Veterinary regulations India, 1939 -
Year: 1939
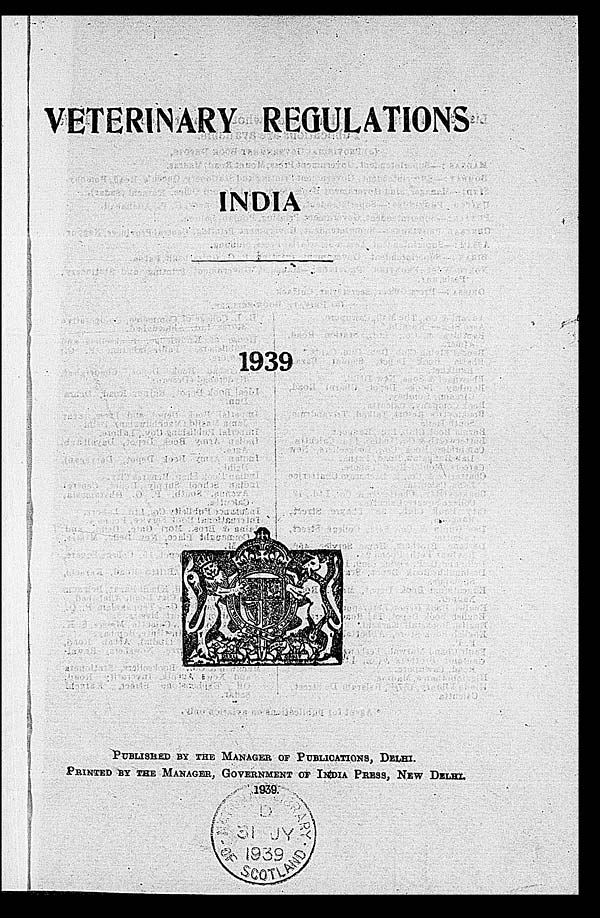
VETERINARY REGULATIONS
INDIA
1939
PUBLISHED BY THE MANAGER OF PUBLICATION, DELHI.
PRINTED BY THE MANAGER, GOVERNMENT OF INDIA PRESS, NEW DELHI.
1939.